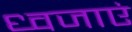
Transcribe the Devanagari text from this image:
ध्वजाएं